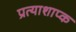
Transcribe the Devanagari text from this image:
प्रत्याशाप्क